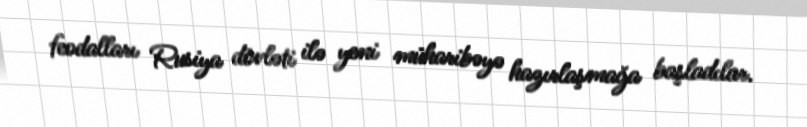
feodalları Rusiya dövləti ilə yeni müharibəyə hazırlaşmağa başladılar.